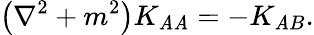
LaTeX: \left(\nabla^{2}+m^{2}\right)K_{\mathit{A}\mathit{A}}=-K_{\mathit{A}B}.